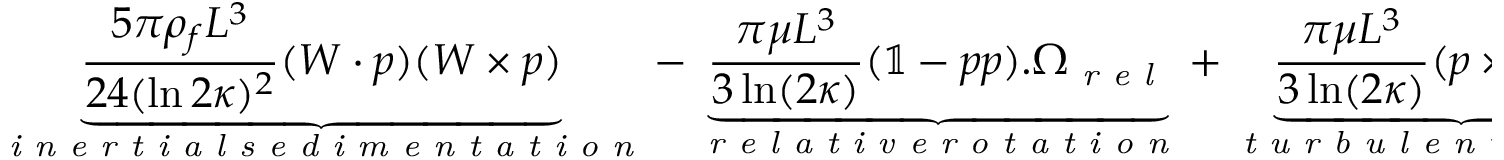
\underbrace { \frac { 5 \pi \rho _ { f } L ^ { 3 } } { 2 4 ( \ln 2 \kappa ) ^ { 2 } } ( \boldsymbol { W } \cdot \boldsymbol { p } ) ( \boldsymbol { W } \times \boldsymbol { p } ) } _ { \textit { i n e r t i a l s e d i m e n t a t i o n } } - \underbrace { \frac { \pi \mu L ^ { 3 } } { 3 \ln ( 2 \kappa ) } ( \mathbb { 1 } - \boldsymbol { p } \boldsymbol { p } ) . \boldsymbol { \Omega } _ { \textit { r e l } } } _ { \textit { r e l a t i v e r o t a t i o n } } + \underbrace { \frac { \pi \mu L ^ { 3 } } { 3 \ln ( 2 \kappa ) } ( \boldsymbol { p } \times ( \boldsymbol { S } \cdot \boldsymbol { p } ) ) } _ { \textit { t u r b u l e n t s t r a i n } } = 0 .